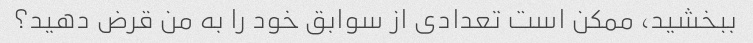
ببخشید، ممکن است تعدادی از سوابق خود را به من قرض دهید؟